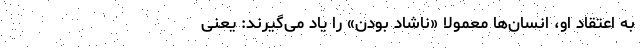
به اعتقاد او، انسان‌ها معمولاً «ناشاد بودن» را یاد می‌گیرند: یعنی